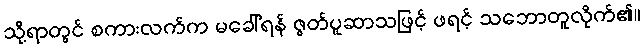
သို့ရာတွင် စကားလက်က မခေါ်ရန် ဇွတ်ပူဆာသဖြင့် ဖရင့် သဘောတူလိုက်၏။